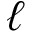
\ell